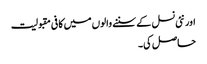
اور نئی نسل کے سننے والوں میں کافی مقبولیت
حاصل کی۔